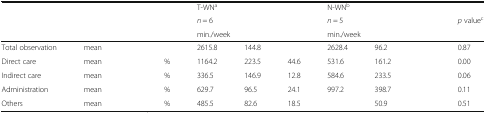
<table><thead><tr><td colspan="4">[EMPTY_CELL]</td><td colspan="3"><b>T-WN<sup>a</sup></b></td><td colspan="3"><b>N-WN<sup>b</sup></b></td><td>[EMPTY_CELL]</td></tr><tr><td colspan="4" rowspan="2">[EMPTY_CELL]</td><td colspan="3"><b><i>n</i> = 6</b></td><td colspan="3"><b><i>n</i> = 5</b></td><td><b><i>p</i> value<sup>c</sup></b></td></tr><tr><td colspan="3"><b>min./week</b></td><td colspan="3"><b>min./week</b></td><td>[EMPTY_CELL]</td></tr></thead><tbody><tr><td>Total observation</td><td>mean</td><td>[EMPTY_CELL]</td><td>[EMPTY_CELL]</td><td>2615.8</td><td>144.8</td><td>[EMPTY_CELL]</td><td>2628.4</td><td>96.2</td><td>[EMPTY_CELL]</td><td>0.87</td></tr><tr><td>Direct care</td><td>mean</td><td>[EMPTY_CELL]</td><td>%</td><td>1164.2</td><td>223.5</td><td>44.6</td><td>531.6</td><td>161.2</td><td>[EMPTY_CELL]</td><td>0.00</td></tr><tr><td>Indirect care</td><td>mean</td><td>[EMPTY_CELL]</td><td>%</td><td>336.5</td><td>146.9</td><td>12.8</td><td>584.6</td><td>233.5</td><td>[EMPTY_CELL]</td><td>0.06</td></tr><tr><td>Administration</td><td>mean</td><td>[EMPTY_CELL]</td><td>%</td><td>629.7</td><td>96.5</td><td>24.1</td><td>997.2</td><td>398.7</td><td>[EMPTY_CELL]</td><td>0.11</td></tr><tr><td>Others</td><td>mean</td><td>[EMPTY_CELL]</td><td>%</td><td>485.5</td><td>82.6</td><td>18.5</td><td>[EMPTY_CELL]</td><td>50.9</td><td>[EMPTY_CELL]</td><td>0.51</td></tr></tbody></table>